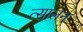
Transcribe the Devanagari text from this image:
त्सालन